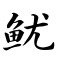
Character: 鱿